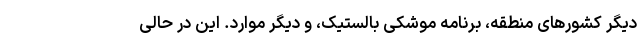
دیگر کشورهای منطقه، برنامه موشکی بالستیک، و دیگر موارد. این در حالی